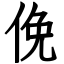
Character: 俛